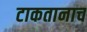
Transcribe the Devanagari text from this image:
टाकतानाच